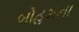
બોહમના